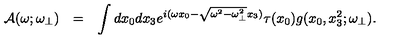
\begin{array} { r c l } { { \cal A } ( \omega ; \omega _ { \bot } ) } & { = } & { \displaystyle \int d x _ { 0 } d x _ { 3 } e ^ { i ( \omega x _ { 0 } - \sqrt { \omega ^ { 2 } - \omega _ { \bot } ^ { 2 } } x _ { 3 } ) } \tau ( x _ { 0 } ) g ( x _ { 0 } , x _ { 3 } ^ { 2 } ; \omega _ { \bot } ) . } \\ \end{array}